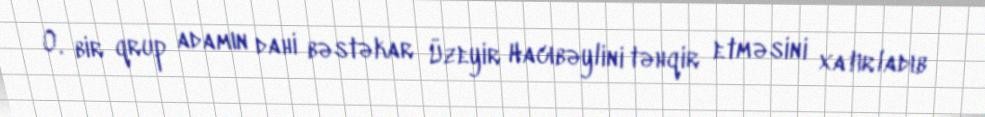
O, bir qrup adamın dahi bəstəkar Üzeyir Hacıbəylini təhqir etməsini xatırladıb